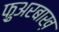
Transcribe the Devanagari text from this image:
फ़ुअरबाख़